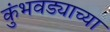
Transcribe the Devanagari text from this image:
कुंभवड्याच्या